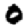
Digit: 0